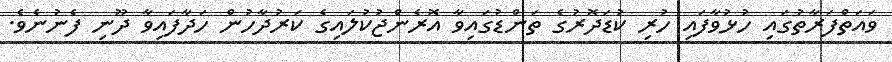
ވައަތްފަރާތުގައި ހުޅުވާފައި ހުރި ކުޑަދޮރުގެ ތަންޑުގައިވާ އޮރެންޖުކުލައިގެ ކަރުދާހުން ހަދާފައިވާ ދޫނި ފެނުނެވެ.